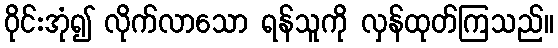
ဝိုင်းအုံ၍ လိုက်လာသော ရန်သူကို လှန်ထုတ်ကြသည်။